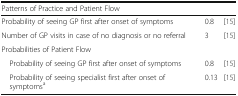
<table><thead><tr><td><b>Patterns of Practice and Patient Flow</b></td><td></td><td></td></tr></thead><tbody><tr><td>Probability of seeing GP first after onset of symptoms</td><td>0.8</td><td>[15]</td></tr><tr><td>Number of GP visits in case of no diagnosis or no referral</td><td>3</td><td>[15]</td></tr><tr><td colspan="3">Probabilities of Patient Flow</td></tr><tr><td> Probability of seeing GP first after onset of symptoms</td><td>0.8</td><td>[15]</td></tr><tr><td> Probability of seeing specialist first after onset of symptoms<sup>a</sup></td><td>0.13</td><td>[15]</td></tr></tbody></table>